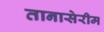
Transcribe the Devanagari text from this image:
तानासेरीम